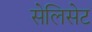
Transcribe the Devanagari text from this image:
सेलिसेट